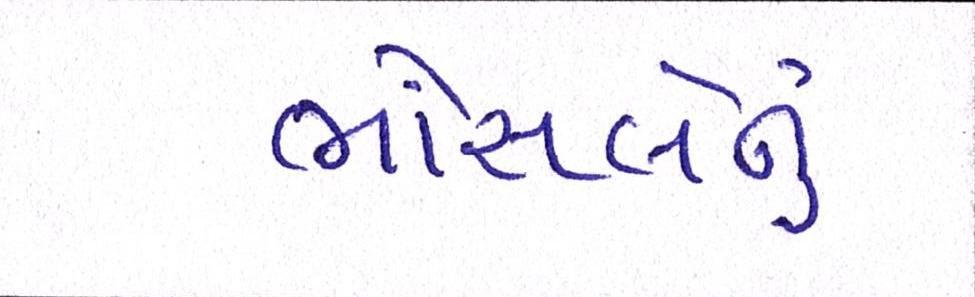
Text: ભોંસલેનું